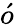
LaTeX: \acute{o}